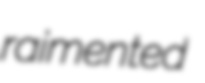
raimented